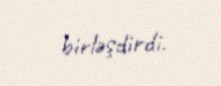
birləşdirdi.